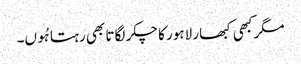
مگرکبھی کبھار لاہور کا چکر لگاتا بھی رہتا ہُوں۔